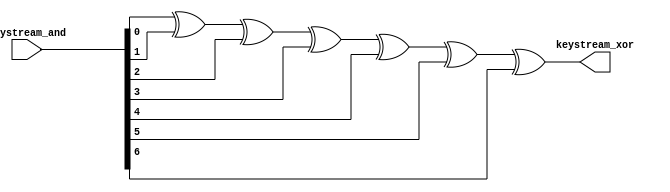
module xorg
(
    input wire [6:0] keystream_and,
    output reg keystream_xor
);

integer i;
reg temp;

always @(*) begin
    temp = keystream_and[0];
    for (i = 1; i < 7; i = i + 1) begin
        temp = temp ^ keystream_and[i];
    end
    keystream_xor = temp;
end

endmodule